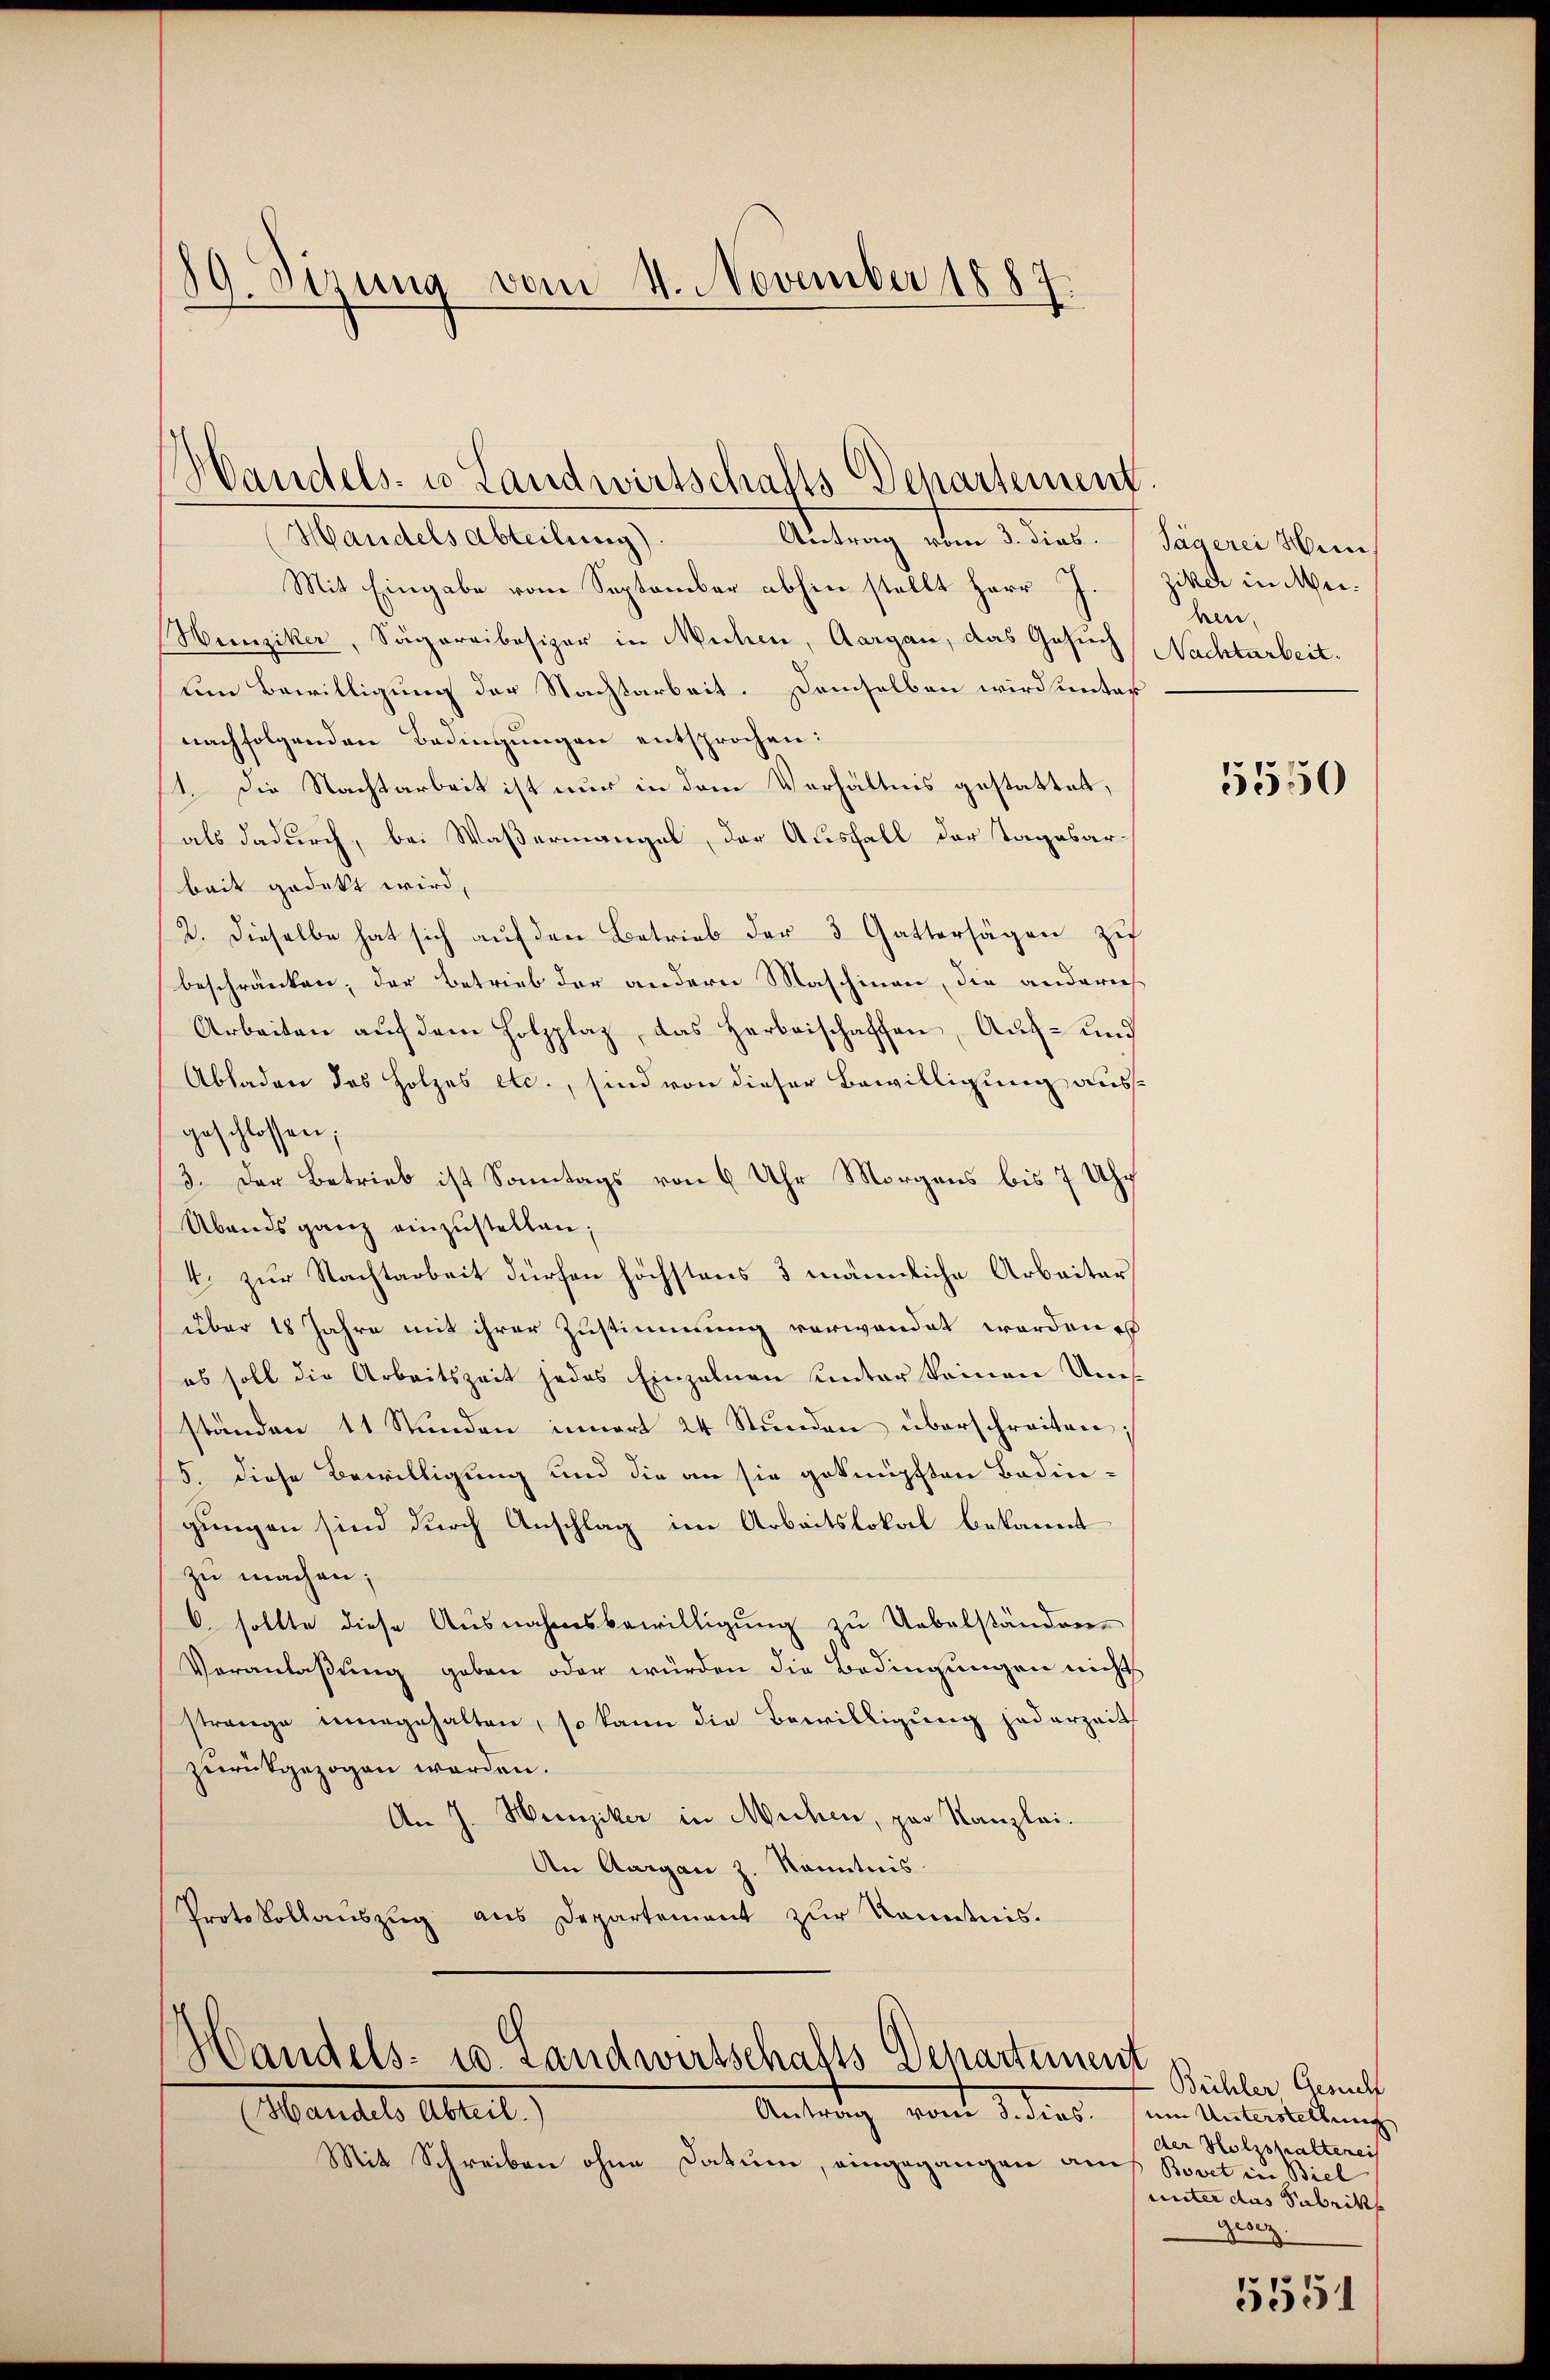
89. Sizung vom 4. November 1887

Handels- u Landwirtschafts-Departement.

Handelsabteilung)
Mit Eingabe vom September abhin stellt Herr J.
Hunziker, Sägereibesizer in Michen, Aargau, das Gesuch
um Bewilligung der Nachtarbeit. Demselben wird unter
nachfolgenden Bedingungen entsprochen:
1. Die Nachtarbeit ist nur in dem Verhältnis gestattet,
als dadurch, bei Waßermangel, der Ausfall der Tagesarbeit gedekt wird,
2. Dieselbe hat sich auf den Betrieb der 3 Gattersägen zu
beschränken, der Betrieb der andern Maschinen, die andern
Arbeiten auf dem Holzplaz, das Herbeischaffen, Auf- und
Abladen des Holzes etc., sind von dieser Bewilligung ausgeschlossen;
3. Der Betrieb ist Sonntags von 6 Uhr Morgens bis 7 Uhr
Abends ganz einzustellen;
4. zur Nachtarbeit dürfen höchstens 3 männliche Arbeiter
über 18 Jahre mit ihrer Zustimmung verwandet worden e
es soll die Arbeitszeit jedes Einzelnen unter keinen Ums
ständen 11 Stunden innert 24 Stunden überschreiten;
5. diese Bewilligung und die an sie geknüpften Badin-
gungen sind durch Anschlag im Arbeitslokal bekannt
zu machen;
O. sollte diese Ausnahmsbewilligung zu Uebelständen¬
Veranlaßung geben oder würden die Bedingungen nichts
strange innegehalten, so kann die Bewilligung jederzeits
zurückgezogen werden.
An J. Heinziker in Michen, par Kanzlei.
An Aargau z. Kenntnis
Protokollauszug aus Departement zur Kenntnis-

Antrag vom 3. dies. Sägerei Hein

Handels- u. Landwirtschafts Departement
Antrag vom 3. dies
(Handels Abteil.)

Mit Schreiben ohne Datum, eingegangen an

ziker in Meihen
Nachtarbeit.

5550

Bühler Gesuch
um Unterstellung
der Holzshaltenei
e
Bovet in Biel
unter das Fabrik
Gese

5551